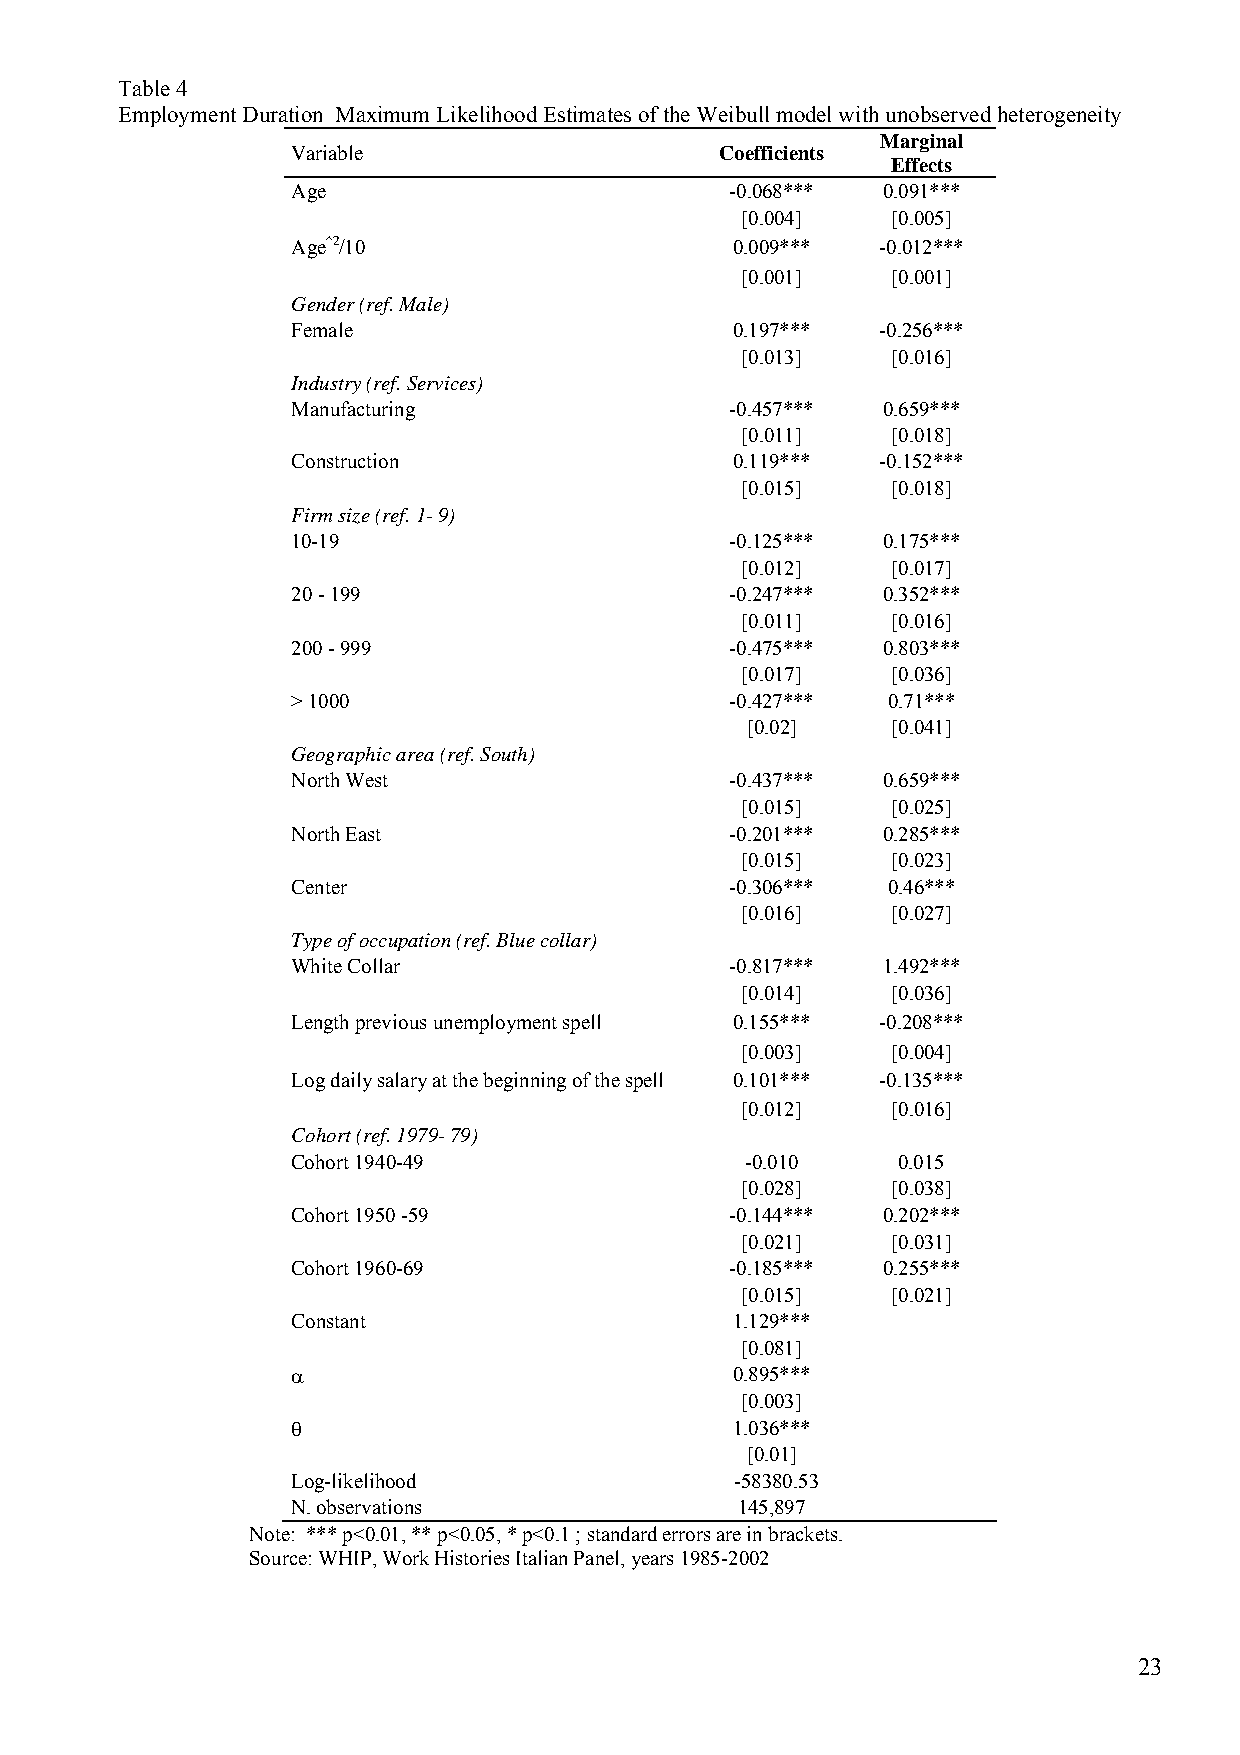
Table 4
 Employment Duration Maximum Likelihood Estimates of the Weibull model with unobserved heterogeneity
 Marginal
 Variable                     Coefficients
 Effects
 Age                          -0.068*** 0.091***
 [0.004]   [0.005]
 Age^2/10                     0.009***  -0.012***
 [0.001]   [0.001]
 Gender (ref. Male)
 Female                       0.197***  -0.256***
 [0.013]   [0.016]
 Industry (ref. Services)
 Manufacturing                -0.457*** 0.659***
 [0.011]   [0.018]
 Construction                 0.119***  -0.152***
 [0.015]   [0.018]
 Firm size (ref. 1- 9)
 10-19                        -0.125*** 0.175***
 [0.012]   [0.017]
 20 - 199                     -0.247*** 0.352***
 [0.011]   [0.016]
 200 - 999                    -0.475*** 0.803***
 [0.017]   [0.036]
 > 1000                       -0.427***  0.71***
 [0.02]    [0.041]
 Geographic area (ref. South)
 North West                   -0.437*** 0.659***
 [0.015]   [0.025]
 North East                   -0.201*** 0.285***
 [0.015]   [0.023]
 Center                       -0.306***  0.46***
 [0.016]   [0.027]
 Type of occupation (ref. Blue collar)
 White Collar                 -0.817*** 1.492***
 [0.014]   [0.036]
 Length previous unemployment spell 0.155*** -0.208***
 [0.003]   [0.004]
 Log daily salary at the beginning of the spell 0.101*** -0.135***
 [0.012]   [0.016]
 Cohort (ref. 1979- 79)
 Cohort 1940-49                -0.010    0.015
 [0.028]   [0.038]
 Cohort 1950 -59              -0.144*** 0.202***
 [0.021]   [0.031]
 Cohort 1960-69               -0.185*** 0.255***
 [0.015]   [0.021]
 Constant                     1.129***
 [0.081]
 α                            0.895***
 [0.003]
 θ                            1.036***
 [0.01]
 Log-likelihood                -58380.53
 N. observations               145,897
 Note: *** p<0.01, ** p<0.05, * p<0.1 ; standard errors are in brackets.
 Source: WHIP, Work Histories Italian Panel, years 1985-2002
 23